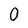
Character: 0